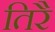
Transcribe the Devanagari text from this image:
तिरै